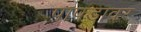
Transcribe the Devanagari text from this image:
पापडावर